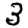
Digit: 3